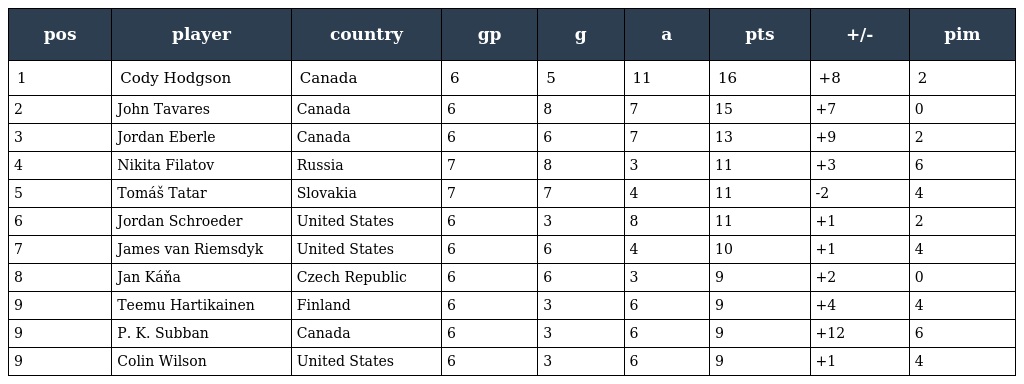
| pos | player | country | gp | g | a | pts | +/- | pim |
 | --- | --- | --- | --- | --- | --- | --- | --- | --- |
 | 1 | Cody Hodgson | Canada | 6 | 5 | 11 | 16 | +8 | 2 |
 | 2 | John Tavares | Canada | 6 | 8 | 7 | 15 | +7 | 0 |
 | 3 | Jordan Eberle | Canada | 6 | 6 | 7 | 13 | +9 | 2 |
 | 4 | Nikita Filatov | Russia | 7 | 8 | 3 | 11 | +3 | 6 |
 | 5 | Tomáš Tatar | Slovakia | 7 | 7 | 4 | 11 | -2 | 4 |
 | 6 | Jordan Schroeder | United States | 6 | 3 | 8 | 11 | +1 | 2 |
 | 7 | James van Riemsdyk | United States | 6 | 6 | 4 | 10 | +1 | 4 |
 | 8 | Jan Káňa | Czech Republic | 6 | 6 | 3 | 9 | +2 | 0 |
 | 9 | Teemu Hartikainen | Finland | 6 | 3 | 6 | 9 | +4 | 4 |
 | 9 | P. K. Subban | Canada | 6 | 3 | 6 | 9 | +12 | 6 |
 | 9 | Colin Wilson | United States | 6 | 3 | 6 | 9 | +1 | 4 |